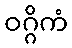
ဝဂ္ဂိကံ